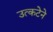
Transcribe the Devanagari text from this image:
उत्कटेने